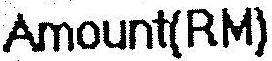
AMOUNT(RM)